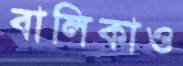
বালিকাও